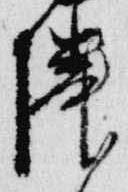
隣